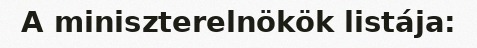
A miniszterelnökök listája: